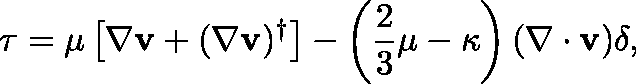
\mathbf { \tau } = \mu \left[ \nabla \mathbf { v } + ( \nabla \mathbf { v } ) ^ { \dagger } \right] - \left( { \frac { 2 } { 3 } } \mu - \kappa \right) ( \nabla \cdot \mathbf { v } ) \mathbf { \delta } ,